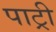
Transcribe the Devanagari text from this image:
पाट्री